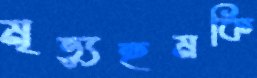
মৃত্যুহুমকি